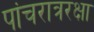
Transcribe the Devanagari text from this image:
पांचरात्ररक्षा